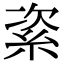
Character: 𥿩